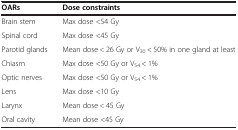
<table><thead><tr><td><b>OARs</b></td><td><b>Dose constraints</b></td></tr></thead><tbody><tr><td>Brain stem</td><td>Max dose &lt;54 Gy</td></tr><tr><td>Spinal cord</td><td>Max dose &lt;45 Gy</td></tr><tr><td>Parotid glands</td><td>Mean dose &lt; 26 Gy or V<sub>30</sub> &lt; 50% in one gland at least</td></tr><tr><td>Chiasm</td><td>Max dose &lt;50 Gy or V<sub>54</sub> &lt; 1%</td></tr><tr><td>Optic nerves</td><td>Max dose &lt;50 Gy or V<sub>54</sub> &lt; 1%</td></tr><tr><td>Lens</td><td>Max dose &lt;10 Gy</td></tr><tr><td>Larynx</td><td>Mean dose &lt; 45 Gy</td></tr><tr><td>Oral cavity</td><td>Mean dose &lt;45 Gy</td></tr></tbody></table>